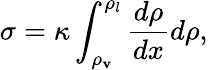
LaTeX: \sigma=\kappa\int_{\rho_{\mathbf{v}}}^{\rho_{l}}\frac{{d\rho}}{{dx}}d\rho,